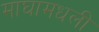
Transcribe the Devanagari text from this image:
माघामधली